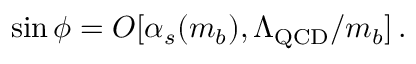
\sin \phi = O [ \alpha _ { s } ( m _ { b } ) , \Lambda _ { \mathrm { Q C D } } / m _ { b } ] \, .